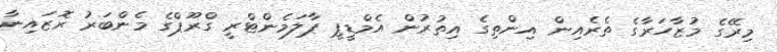
މިރޭގެ މުޒާހަރާގެ ތެރެއިން އިންތިގެ އިތުރުން އެމްޑީޕީ ޕާލަމެންޓްރީ ގްރޫޕްގެ މެންބަރު ރޮޒައިނާ